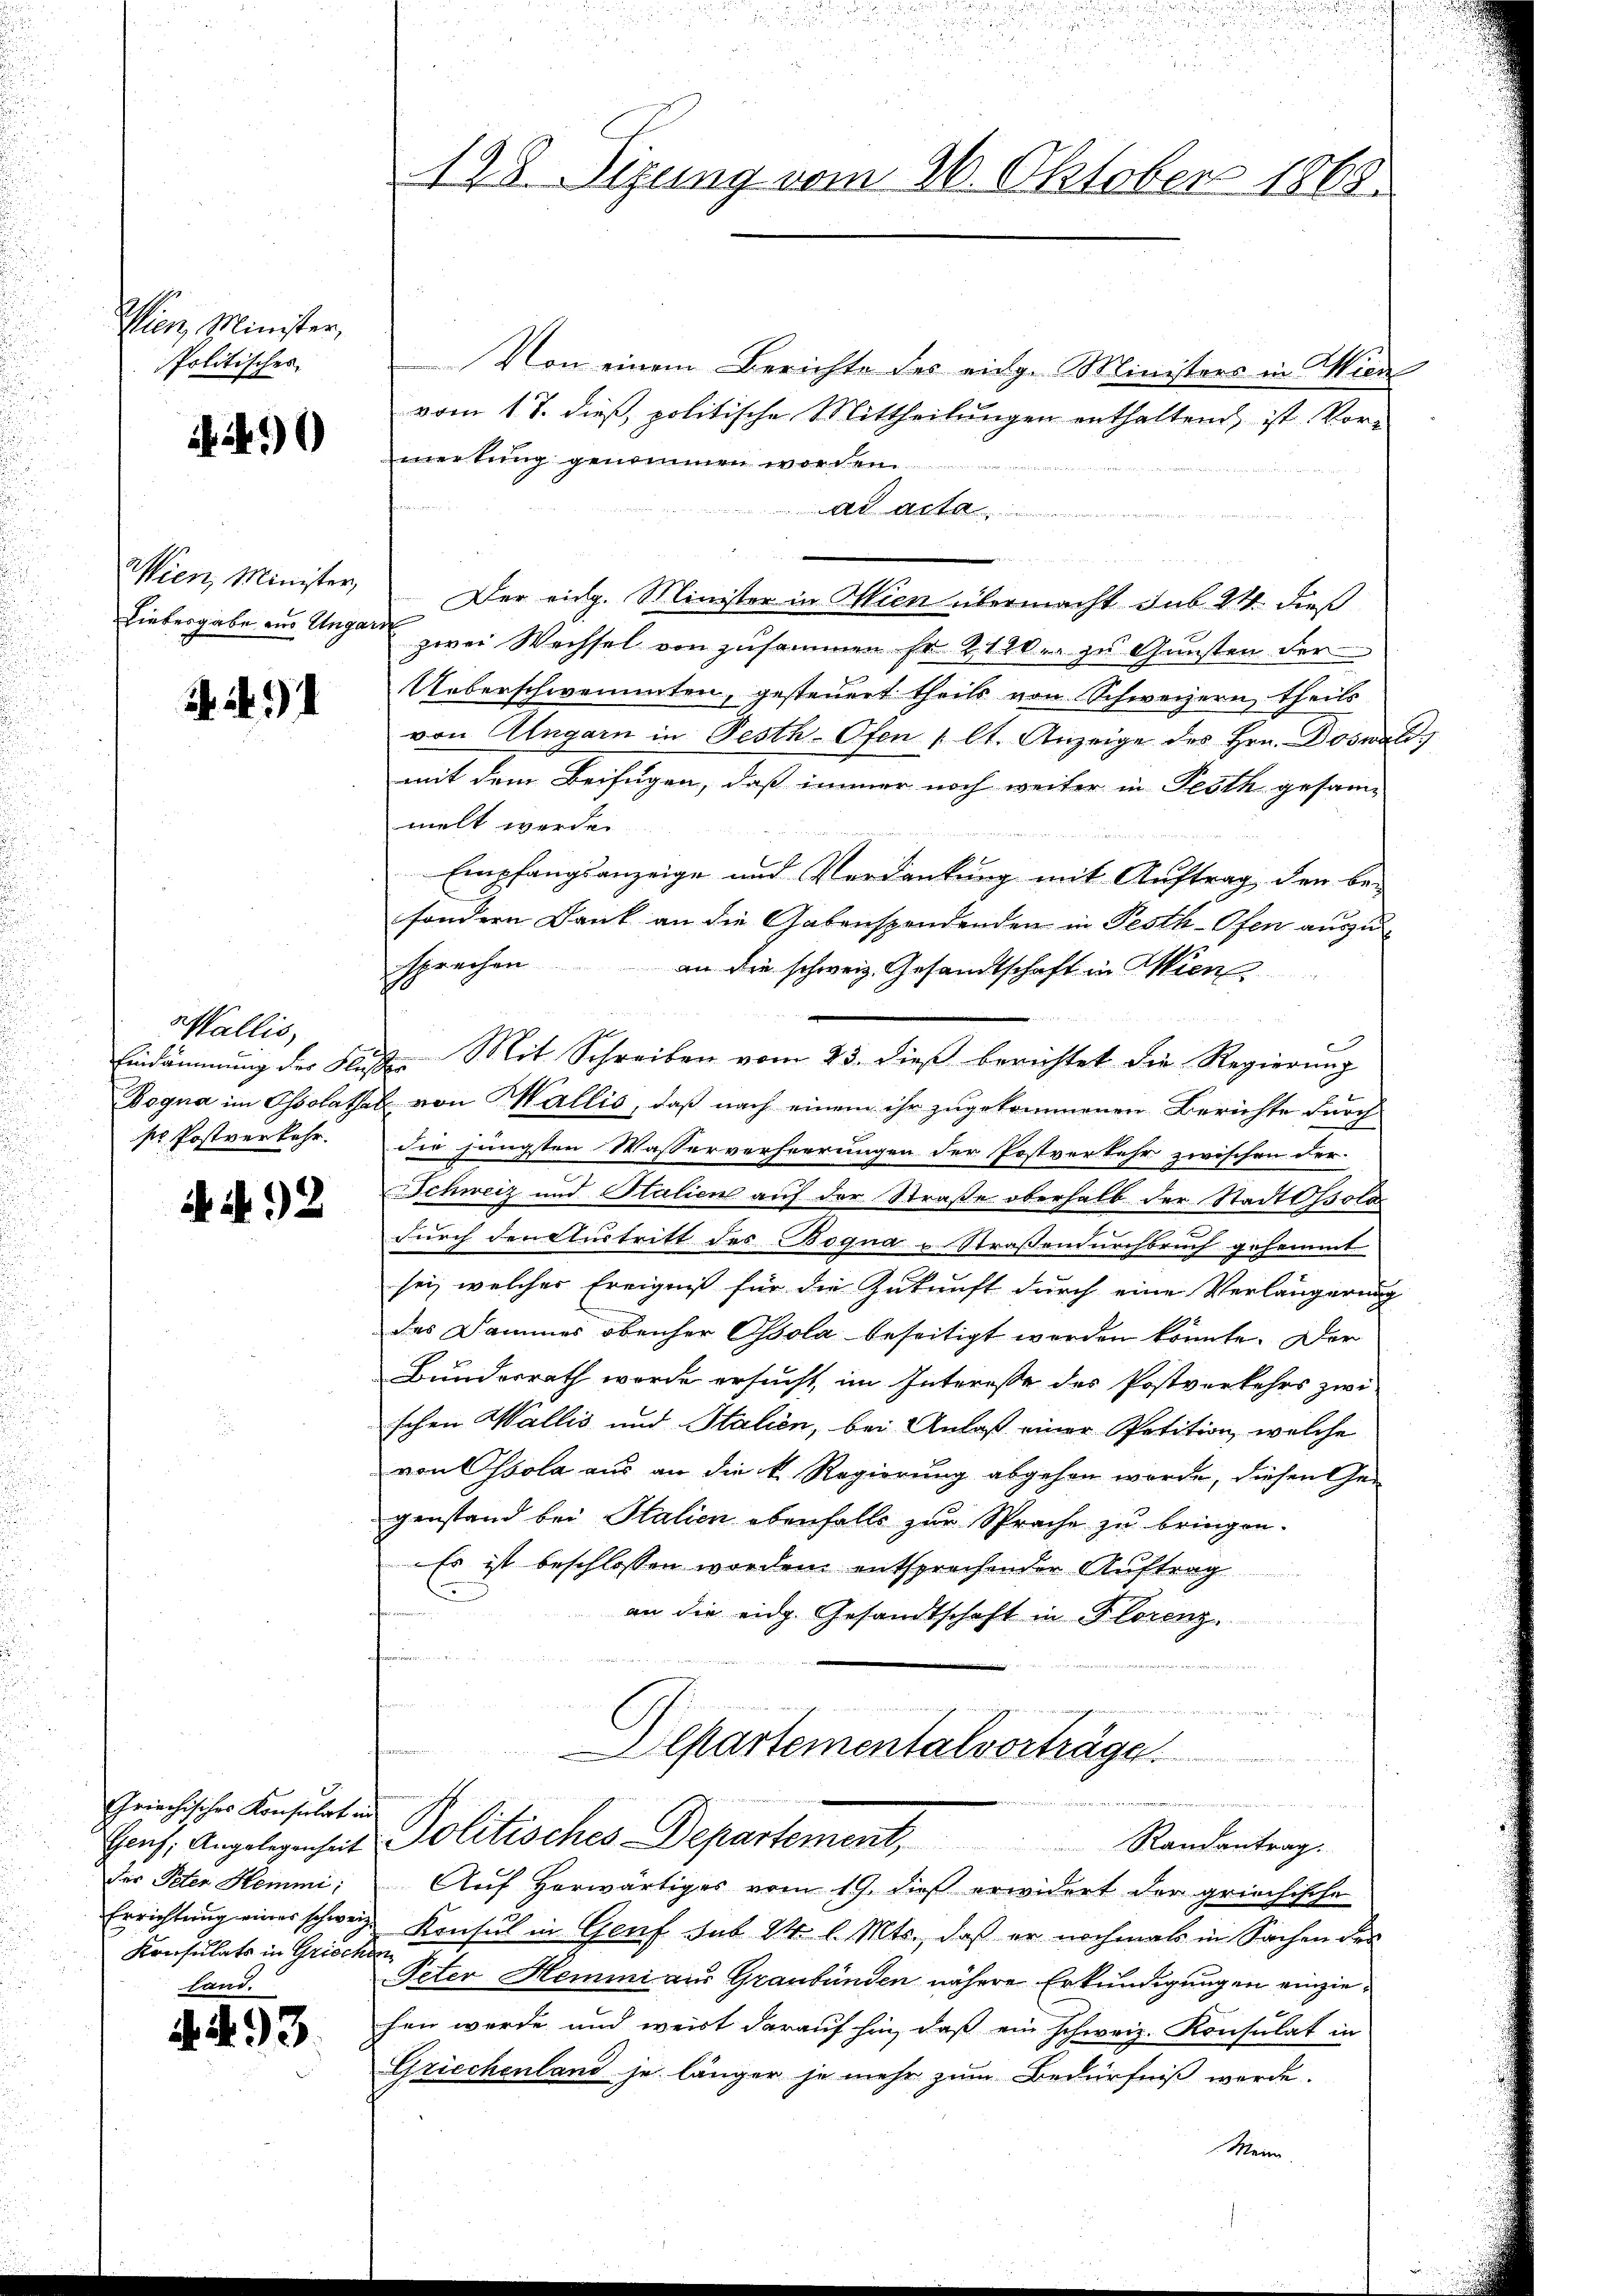
Wien, Minister,
Politisches

90

. 91

Wallis,
sr. Postverkehr.

N. 92

Griechisches Konsulat in
der Peter Hemmi;
Konsulats in Griechen
and.

A. 493.

Von einem Berichte des eidg. Ministers in Mien
vom 17. dieß politische Mittheilungen enthaltend, ist Vor-
merkung genommen worden.
ad acta
n
Wien, Minister, Der eidg. Minister in Wien übermacht sub 24. dieß
Liebergabe ein Ungen zwei Wachsel von zusammen Fr. 212er zu Gunsten der
Ueberschwemmten, gesteuert theils von Schweizern, theils
von Angarn in Festh-Ofen (lt. Anzeige des Hrn. Doswal
mit dem Beifügen, daß immer noch weiter in Festh gesam-
melt werden.
Empfangsanzeige und Verdankung mit Auftrag, den be-
sondern Dank an die Gabenspendenden in Pesth-Ofen auszusprechen
an die schweiz. Gesandtschaft in Wien
Eindämmung der Flußes Mit Schreiben vom 25. dieß berichtet die Regierung
Bogna im Ossolathal von Wallis, daß nach einem ihr zugekommenen Berichte durch
die jüngsten Wasserverheerungen der Postverkehr zwischen der-
Schweiz und Stalien auf der Straße oberhalb der Stadt sola
durch den Austritt des Boqua u Straßendurchbruch gehemmt
sei, welches Ereigniß für die Zukunft durch eine Verlängerung
des Dammes obenher Ossola beseitigt worden könnte. Der
Bundesrath wurde ersucht, im Interesse des Postverkehrs zwischen Wallis und Stalien, bei Anlaß einer Petition, welche
von Essola aus an die k. Regierung abgehen werde, diesen Gegenstand bei Stalien ebenfalls zur Sprache zu bringen.
Es ist beschlossen worden entsprechender Auftrag
an die eidg. Gesandtschaft in Florenz
Cartementalvorträge.
Ganz, Angelegenheit Politisches-Departement, Randentrag.
Auf Horwärtiges vom 19. dieß erwidert der griechische
Errichtung eines schweiz. Konsul in Genf sub 24 l. Mts., daß er nochmals in Sachen des
 Peter Hemmni aus Graubünden nähere Erkundigungen einziehen werde und weist darauf hin, daß ein schweiz. Konsulat in
Griechenland je länger je mehr zum Bedürfniß werde.

128. Sizung vom 26. Oktober 1868.